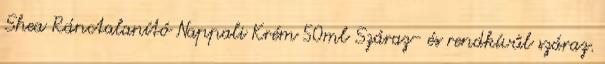
Shea Ránctalanító Nappali Krém 50ml Száraz- és rendkívűl száraz.